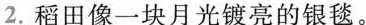
1.这不就是我们家的地吗? ( )